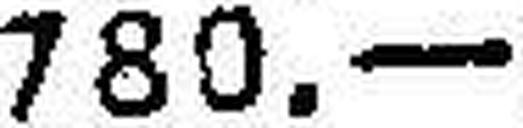
780.—